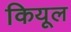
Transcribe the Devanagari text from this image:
कियूल